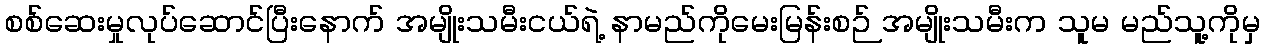
စစ်ဆေးမှုလုပ်ဆောင်ပြီးနောက် အမျိုးသမီးငယ်ရဲ့ နာမည်ကိုမေးမြန်းစဉ် အမျိုးသမီးက သူမ မည်သူ့ကိုမှ